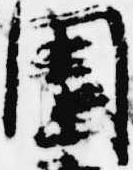
園